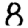
Digit: 8